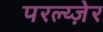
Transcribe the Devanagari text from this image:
परल्य्ज़ेर